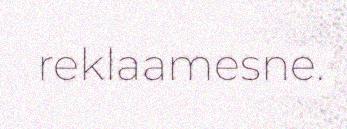
reklaamesne.